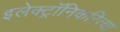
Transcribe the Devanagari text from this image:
इलेक्ट्रॉनिकरित्या